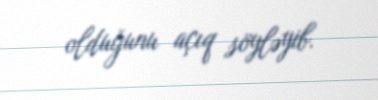
olduğunu açıq söyləyib.